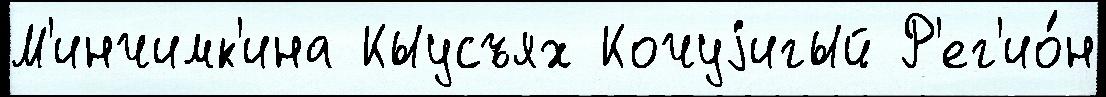
М'инчимк'ина Кыусъях Кочуjигый Р'ег'ио́н